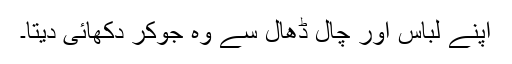
اپنے لباس اور چال ڈھال سے وہ جوکر دکھائی دیتا۔